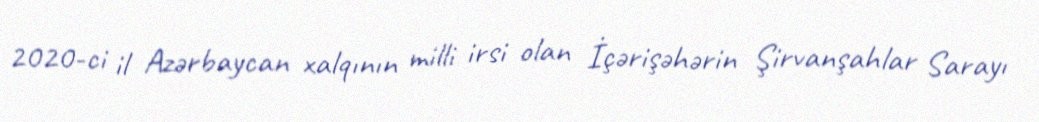
2020-ci il Azərbaycan xalqının milli irsi olan İçərişəhərin Şirvanşahlar Sarayı